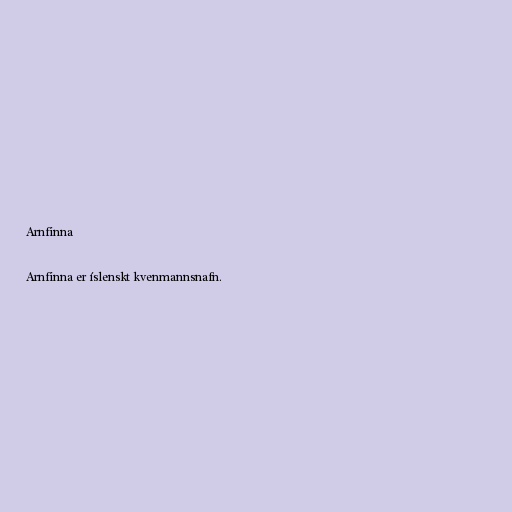
Arnfinna

Arnfinna er íslenskt kvenmannsnafn.